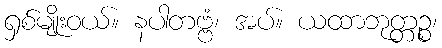
ရှစ်မျိုးဝယ်။ နပါတဗ္ဗံ၊ အပ်။ ယထာဘုတ္တဉ္စ၊